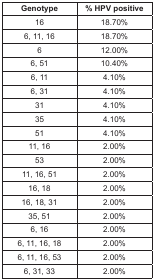
<table><thead><tr><td><b>Genotype </b></td><td><b>% HPV positive </b></td></tr></thead><tbody><tr><td>16</td><td>18.70%</td></tr><tr><td>6, 11, 16</td><td>18.70%</td></tr><tr><td>6</td><td>12.00%</td></tr><tr><td>6, 51</td><td>10.40%</td></tr><tr><td>6, 11</td><td>4.10%</td></tr><tr><td>6, 31</td><td>4.10%</td></tr><tr><td>31</td><td>4.10%</td></tr><tr><td>35</td><td>4.10%</td></tr><tr><td>51</td><td>4.10%</td></tr><tr><td>11, 16</td><td>2.00%</td></tr><tr><td>53</td><td>2.00%</td></tr><tr><td>11, 16, 51</td><td>2.00%</td></tr><tr><td>16, 18</td><td>2.00%</td></tr><tr><td>16, 18, 31</td><td>2.00%</td></tr><tr><td>35, 51</td><td>2.00%</td></tr><tr><td>6, 16</td><td>2.00%</td></tr><tr><td>6, 11, 16, 18</td><td>2.00%</td></tr><tr><td>6, 11, 16, 53</td><td>2.00%</td></tr><tr><td>6, 31, 33</td><td>2.00%</td></tr></tbody></table>